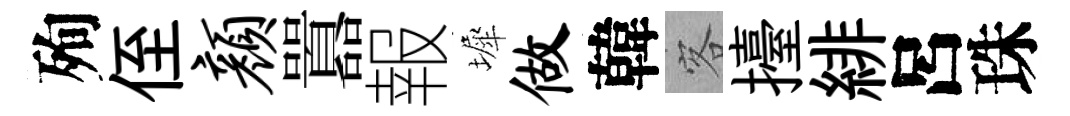
殉侄颜囂報墀做韓客擡緋呂珠